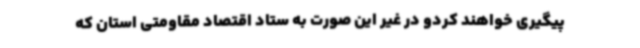
پیگیری خواهند کردو در غیر این صورت به ستاد اقتصاد مقاومتی استان که